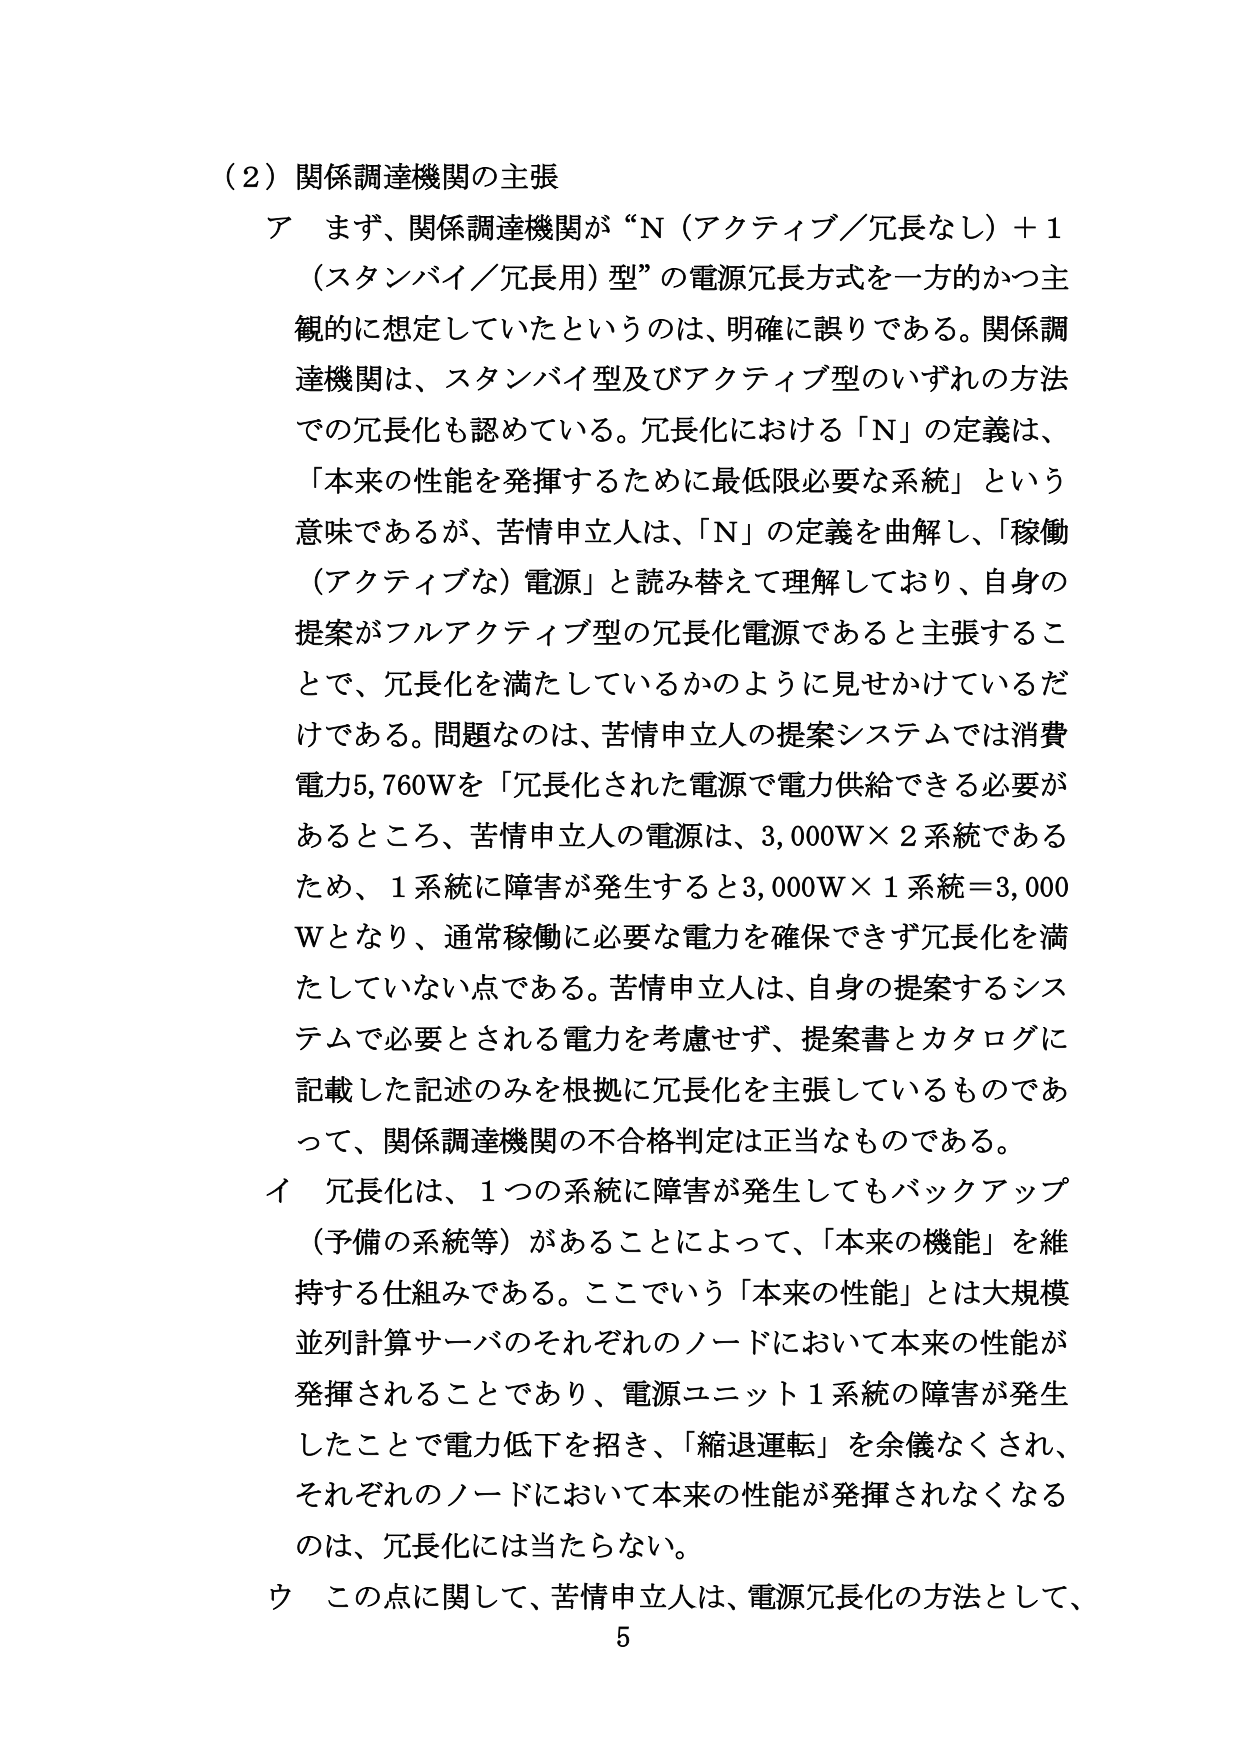
（2）関係調達機関の主張
ア まず、関係調達機関が“N（アクティブ／冗長なし）＋1（スタンバイ／冗長用）型”の電源冗長方式を一方的かつ主観的に想定していたというのは、明確に誤りである。関係調達機関は、スタンバイ型及びアクティブ型のいずれの方法での冗長化も認めている。冗長化における「N」の定義は、「本来の性能を発揮するために最低限必要な系統」という意味であるが、苦情申立人は、「N」の定義を曲解し、「稼働（アクティブな）電源」と読み替えて理解しており、自身の提案がフルアクティブ型の冗長化電源であると主張することで、冗長化を満たしているかのように見せかけているだけである。問題なのは、苦情申立人の提案システムでは消費電力5,760Wを「冗長化された電源で電力供給できる必要があるところ、苦情申立人の電源は、3,000W×2系統であるため、1系統に障害が発生すると3,000W×1系統＝3,000Wとなり、通常稼働に必要な電力を確保できず冗長化を満たしていない点である。苦情申立人は、自身の提案するシステムで必要とされる電力を考慮せず、提案書とカタログに記載した記述のみを根拠に冗長化を主張しているものであって、関係調達機関の不合格判定は正当なものである。
イ 冗長化は、1つの系統に障害が発生してもバックアップ（予備の系統等）があることによって、「本来の機能」を維持する仕組みである。ここでいう「本来の性能」とは大規模並列計算サーバのそれぞれのノードにおいて本来の性能が発揮されることであり、電源ユニット1系統の障害が発生したことで電力低下を招き、「縮退運転」を余儀なくされ、それぞれのノードにおいて本来の性能が発揮されなくなるのは、冗長化には当たらない。
ウ この点に関して、苦情申立人は、電源冗長化の方法として、
5